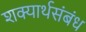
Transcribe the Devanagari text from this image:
शक्यार्थसंबंध